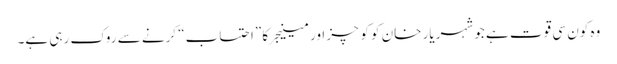
وہ کون سی قوت ہے جو شہریار خان کو کوچز اور مینیجر کا ”احتساب“ کرنے سے روک رہی ہے۔